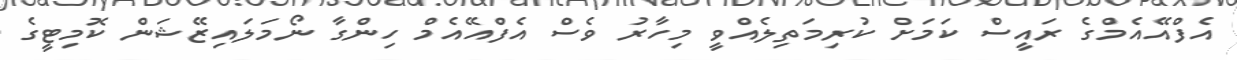
އެފްއޭއެމްގެ ރައީސް ކަމަށް ކުރިމަތިލެއްވީ މިހާރު ވެސް އެފްއޭއެމް ހިންގާ ނޯމަލައިޒޭޝަން ކޮމިޓީގެ